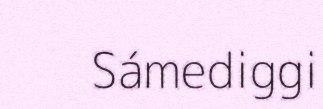
Sámediggi